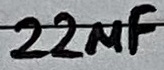
Text: 22µF